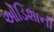
ઓડિશાની